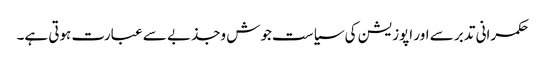
حکمرانی تدبر سے اور اپوزیشن کی سیاست جوش وجذبے سے عبارت ہوتی ہے۔